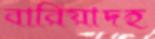
বারিয়াদহ